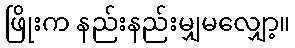
ဖြိုးက နည်းနည်းမျှမလျှော့။